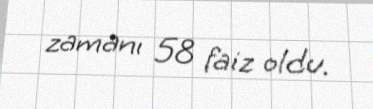
zamanı 58 faiz oldu.